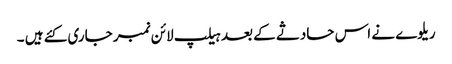
ریلوے نے اس حادثے کے بعد ہیلپ لائن نمبر جاری کئے ہیں ۔